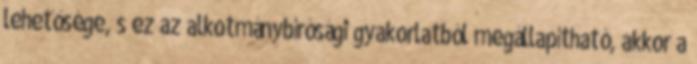
lehetősége, s ez az alkotmánybírósági gyakorlatból megállapítható, akkor a